Report on the treatment of epidemic cholera: from information collected by the governments of Bengal, Madras, Bombay, N.W. Provinces, Punjab, Oudh, and Central India, by order of the Government of India
Disease focus: Cholera
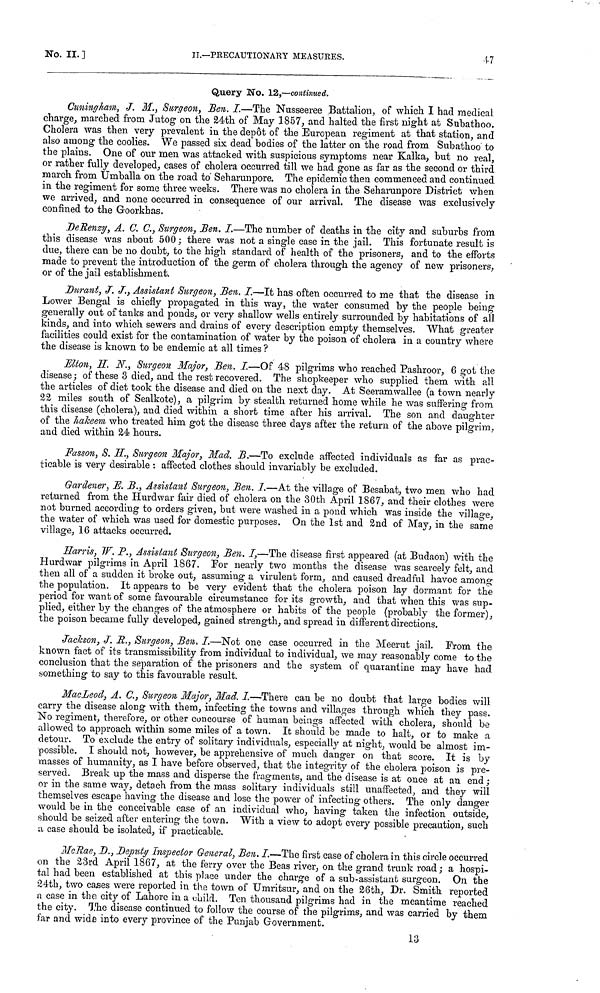
No. II. ]
II.—PRECAUTIONARY
MEASURES.
47
Query No. 12,—continued.
Cuningham, J. M., Surgeon, Ben. I.—The Nusseeree Battalion, of which I had medical
charge, marched from Jutog on the 24th of May 1857, and halted the first night at Subathoo.
Cholera was then very prevalent in the depot of the European regiment at that station, and
also among the coolies. We passed six dead bodies of the latter on the road from Subathoo to
the plains. One of our men was attacked with suspicious symptoms near Kalka, but no real,
or rather fully developed, cases of cholera occurred till we had gone as far as the second or third
march from Umballa on the road to Seharunpore. The epidemic then commenced and continued
in the regiment for some three weeks. There was no cholera in the Seharunpore District when
we arrived, and none occurred in consequence of our arrival. The disease \vas exclusively
confined to the Goorkbas.
DeRenzy, A. C. C., Surgeon, Ben. I—The number of deaths in the city and suburbs from
this disease was about 500 ; there was not a single case in the jail. This fortunate result is
due, there can be no doubt, to the high standard of health of the prisoners, and to the efforts
made to prevent the introduction of the germ of cholera through the agency of new prisoners,
or of the jail establishment.
Durant, J. J., Assistant Surgeon, Sen. I.—It has often occurred to me that the disease in
Lower Bengal is chiefly propagated in this way, the water consumed by the people being
generally out of tanks and ponds, or very shallow wells entirely surrounded by habitations of all
kinds, and into which sewers and drains of every description empty themselves. What greater
facilities could exist for the contamination of water by the poison of cholera in a country where
the disease is known to be endemic at all times ?
Elton, H. N., Surgeon Major, Ben. I.—Of 48 pilgrims who reached Pashroor, 6 got the
disease ; of these 3 died, and the rest recovered. The shopkeeper who supplied them with all
the articles of diet took the disease and died on the next day. At Seeramwallee (a town nearly
22 miles south of Sealkote), a pilgrim by stealth returned home while he was suffering from,
this disease (cholera), and died within a short time after his arrival. The son and daughter
of the hakeem who treated him got the disease three days after the return of the above pilgrim,
and died within 24 hours.
Fasson, S. H., Surgeon Major, Mad. B.—To exclude affected individuals as far as prac-
ticable is very desirable : affected clothes should invariably be excluded.
Gardener, E. B., Assistant Surgeon, Ben. I.—At the village of Besabat, two men who had
returned from the Hurdwar fair died of cholera on the 30th April 1867, and their clothes were
not burned according to orders given, but were washed in a pond which was inside the village,
the water of which was used for domestic purposes. On the 1st and 2nd of May, in the same
village, 16 attacks occurred.
Harris, W. P., Assistant Surgeon, Ben. I,—The disease first appeared (at Budaon) with the
Hurdwar pilgrims in April 1867. For nearly two months the disease was scarcely felt, and
then all of a sudden it broke out, assuming a virulent form, and caused dreadful havoc among
the population. It appears to be very evident that the cholera poison lay dormant for the
period for want of some favourable circumstance for its growth, and that when this was sup-
plied, either by the changes of the atmosphere or habits of the people (probably the former),
the poison became fully developed, gained strength, and spread in different directions.
Jackson, J. R., Surgeon, Ben, I.—Not one case occurred in the Meerut jail. From the
known fact of its transmissibility from individual to individual, we may reasonably come to the
conclusion that the separation of the prisoners and the system of quarantine may have had
something to say to this favourable result.
MacLeod, A. C., Surgeon Major, Mad. I.—There can be no doubt that large bodies will
carry the disease along with them, infecting the towns and villages through which they pass.
No regiment, therefore, or other concourse of human beings affected with cholera, should be
allowed to approach within some miles of a town. It should be made to halt, or to make a
detour. To exclude the entry of solitary individuals, especially at night, would be almost im-
possible. I should not, however, be apprehensive of much danger on that score. It is by
masses of humanity, as I have before observed, that the integrity of the cholera poison is pre-
served. Break up the mass and disperse the fragments, and the disease is at once at an end ;
or in the same way, detach from the mass solitary individuals still unaffected, and they will
themselves escape having the disease and lose the power of infecting others. The only danger
would be in the conceivable case of an individual who, having taken the infection outside,
should be seized, after entering the town. With a view to adopt every possible precaution, such
a case should be isolated, if practicable.
McRae, D., Deputy Inspector General, Ben. I.—The first case of cholera in this circle occurred
on the 23rd April 1867, at the ferry over the Beas river, on the grand trunk road ; a hospi-
tal had been established at this place under the charge of a sub-assistant surgeon. On the
24th, two cases were reported in the town of Umritsur, and on the 26th, Dr. Smith reported
a case in the city of Lahore in a child. Ten thousand pilgrims had in the meantime reached
the city. The disease continued to follow the course of the pilgrims, and was carried by them
far and wide into every province of the Punjab Government.
13